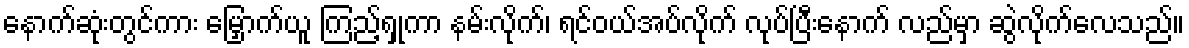
နောက်ဆုံးတွင်ကား မြှောက်ယူ ကြည့်ရှုကာ နမ်းလိုက်၊ ရင်ဝယ်အပ်လိုက် လုပ်ပြီးနောက် လည်မှာ ဆွဲလိုက်လေသည်။